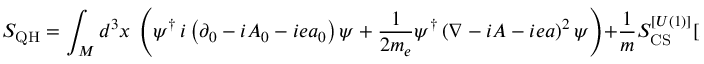
S _ { \mathrm { { Q H } } } = \int _ { \cal M } d ^ { 3 } x ~ \left( \psi ^ { \dagger } \, i \left( \partial _ { 0 } - i A _ { 0 } - i e a _ { 0 } \right) \psi + \frac { 1 } { 2 m _ { e } } \psi ^ { \dagger } \left( \nabla - i A - i e a \right) ^ { 2 } \psi \right) + \frac { 1 } { m } S _ { \mathrm { C S } } ^ { [ U ( 1 ) ] } [ A ]